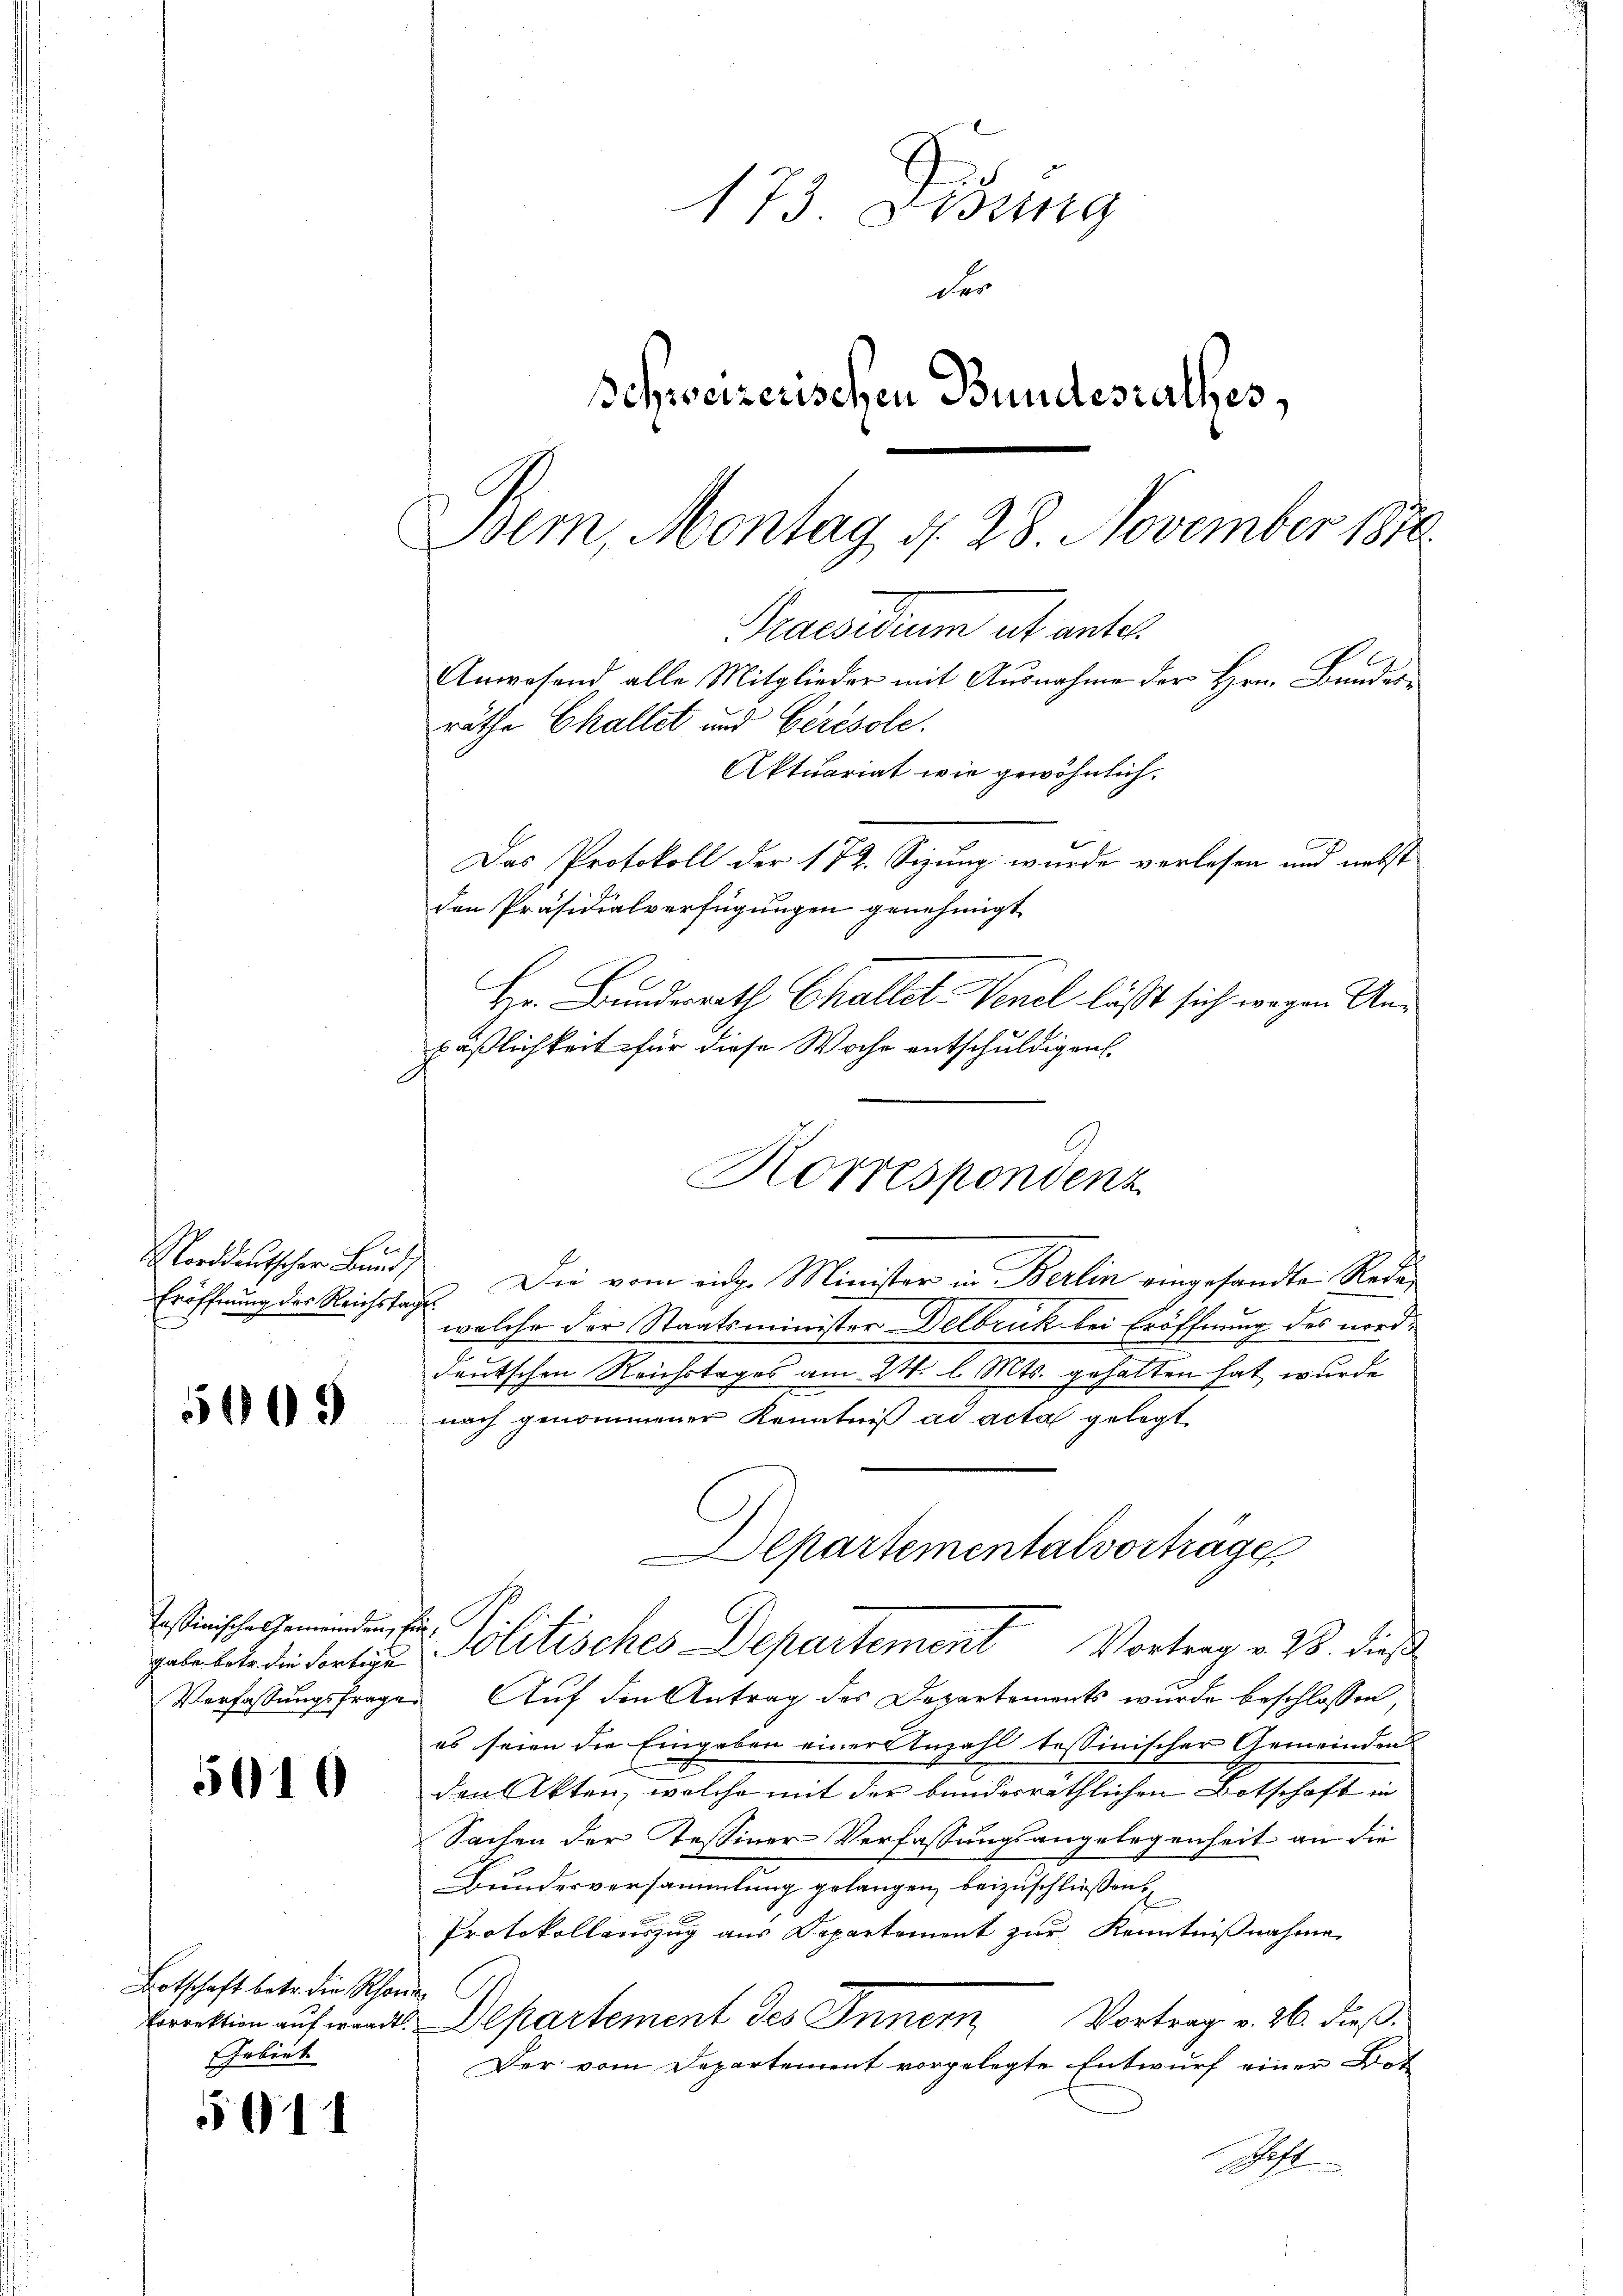
500

Norddeutscher Bund,
Eröffnung des Reichsta

Tassinische Gemeinden,
gabe betr. die Fortige
Verfassungsfrage

5010

Botschaft betr. die Rhon
Porrektion auf waadt.
Gebiet

51

173. Lesung
der
Schweizerischen Bundesrathes,
Bem, Montag d. 28 November 1870.
Praesidium et antel
Anwesend alle Mitglieder mit Ausnahme der Hrn. Bandesräthe Challet und Cerésole.
Aktuariat wie gewöhnlich.
Das Protokoll der 172. Sizung wurde verlesen und nebst
den Präsidialverfügungen genehmigt.

Hr. Bunderrath Challet. Venel läßt sich wegen Anpäßlichkeit für diese Wache entschuldigen.
2 Die vom eidge Minister in Berlin eingesandte Reda
welche der Staatsminister Delbruk bei Eröffnung des nord¬
2
deutschen Reichstages am 24. l. Mts. gehalten hat wurde
nach genommener Kenntniß ad acta gelegt
Departementalvorträge
 Politisches Departement Vortrag v. 2. dieß
Auf den Antrag des Departements wurde beschlossen
es seien die Eingaben einer Anzahl tessinischer Gemeinden
den Akten, welche mit der bundesräthlichen Botschaft in
Sachen der Tessiner Verfassungsangelegenheit an die
Bundesversammlung gelangen, beizuschliessen.
Protokollauszug aus Departement zur Kenntnißnahme
Vortrag v. 26. dieß.
Departement des Innem
Der vom Departement vorgelegte Entwurf einer Dot
h

Korrespondenz

.